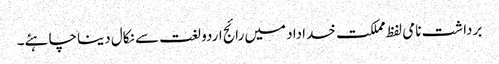
برداشت نامی لفظ مملکت خداداد میں رائج اردو لغت سے نکال دینا چاہئے۔